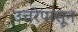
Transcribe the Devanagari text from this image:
उत्तरेपासून